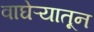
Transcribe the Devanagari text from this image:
वाघेऱ्यातून